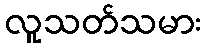
လူသတ်သမား